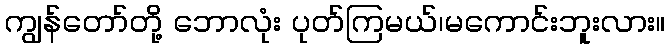
ကျွန်တော်တို့ ဘောလုံး ပုတ်ကြမယ်၊မကောင်းဘူးလား။